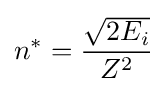
n^{*}={\frac {\sqrt {2E_{i}}}{Z^{2}}}